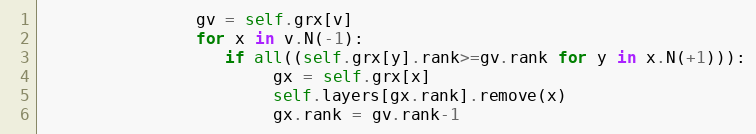
Language: Python
                gv = self.grx[v]
                for x in v.N(-1):
                   if all((self.grx[y].rank>=gv.rank for y in x.N(+1))):
                        gx = self.grx[x]
                        self.layers[gx.rank].remove(x)
                        gx.rank = gv.rank-1